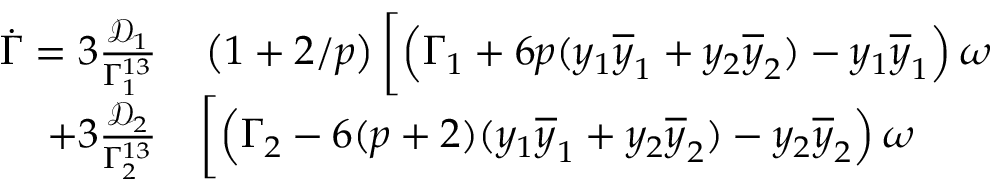
\begin{array} { r l } { \dot { \Gamma } = 3 \frac { \mathcal { D } _ { 1 } } { \Gamma _ { 1 } ^ { 1 3 } } } & { { } \left( 1 + 2 / p \right) \bigg [ \Big ( \Gamma _ { 1 } + 6 p ( y _ { 1 } \overline { { y } } _ { 1 } + y _ { 2 } \overline { { y } } _ { 2 } ) - y _ { 1 } \overline { { y } } _ { 1 } \Big ) \, \omega } \\ { + 3 \frac { \mathcal { D } _ { 2 } } { \Gamma _ { 2 } ^ { 1 3 } } } & { { } \bigg [ \Big ( \Gamma _ { 2 } - 6 ( p + 2 ) ( y _ { 1 } \overline { { y } } _ { 1 } + y _ { 2 } \overline { { y } } _ { 2 } ) - y _ { 2 } \overline { { y } } _ { 2 } \Big ) \, \omega } \end{array}